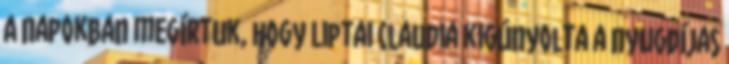
A napokban megírtuk, hogy Liptai Claudia kigúnyolta a nyugdíjas